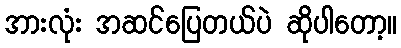
အားလုံး အဆင်ပြေတယ်ပဲ ဆိုပါတော့။